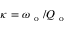
\kappa = \omega _ { \mathrm { ~ o ~ } } / Q _ { \mathrm { ~ o ~ } }